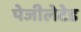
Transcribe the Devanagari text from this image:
पेजीलेटेड